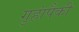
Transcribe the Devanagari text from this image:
गुहांपैकी